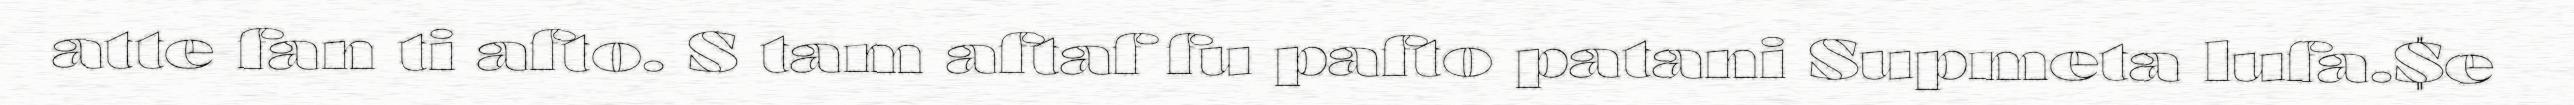
atte fan ti afto. S tam aftaf fu pafto patani Supmeta lufa.$e